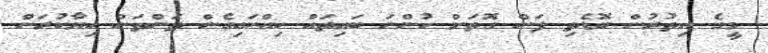
މީގެ އިތުރުން ބޮޑެތި ފަން ގޮތަށް ހުންނަ ބައިތައް ހިއްކައިގެން ތަންތަން ހިޔާކުރަން